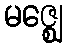
မဇ္ဈေ